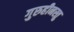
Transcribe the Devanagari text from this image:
गुरुहीनस्तु